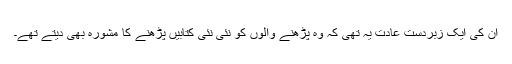
ان کی ایک زبردست عادت یہ تھی کہ وہ پڑھنے والوں کو نئی نئی کتابیں پڑھنے کا مشورہ بھی دیتے تھے۔